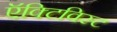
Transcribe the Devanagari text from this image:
ऍक्टिविस्ट